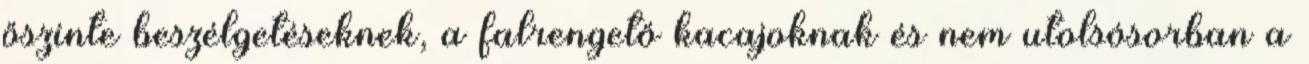
őszinte beszélgetéseknek, a falrengető kacajoknak és nem utolsósorban a